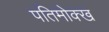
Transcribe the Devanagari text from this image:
पतिमोक्ख